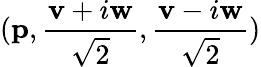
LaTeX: (\mathbf{p},\frac{\mathbf{v}+i\mathbf{w}}{\sqrt{2}},\frac{\mathbf{v}-i\mathbf{w}}{\sqrt{2}})